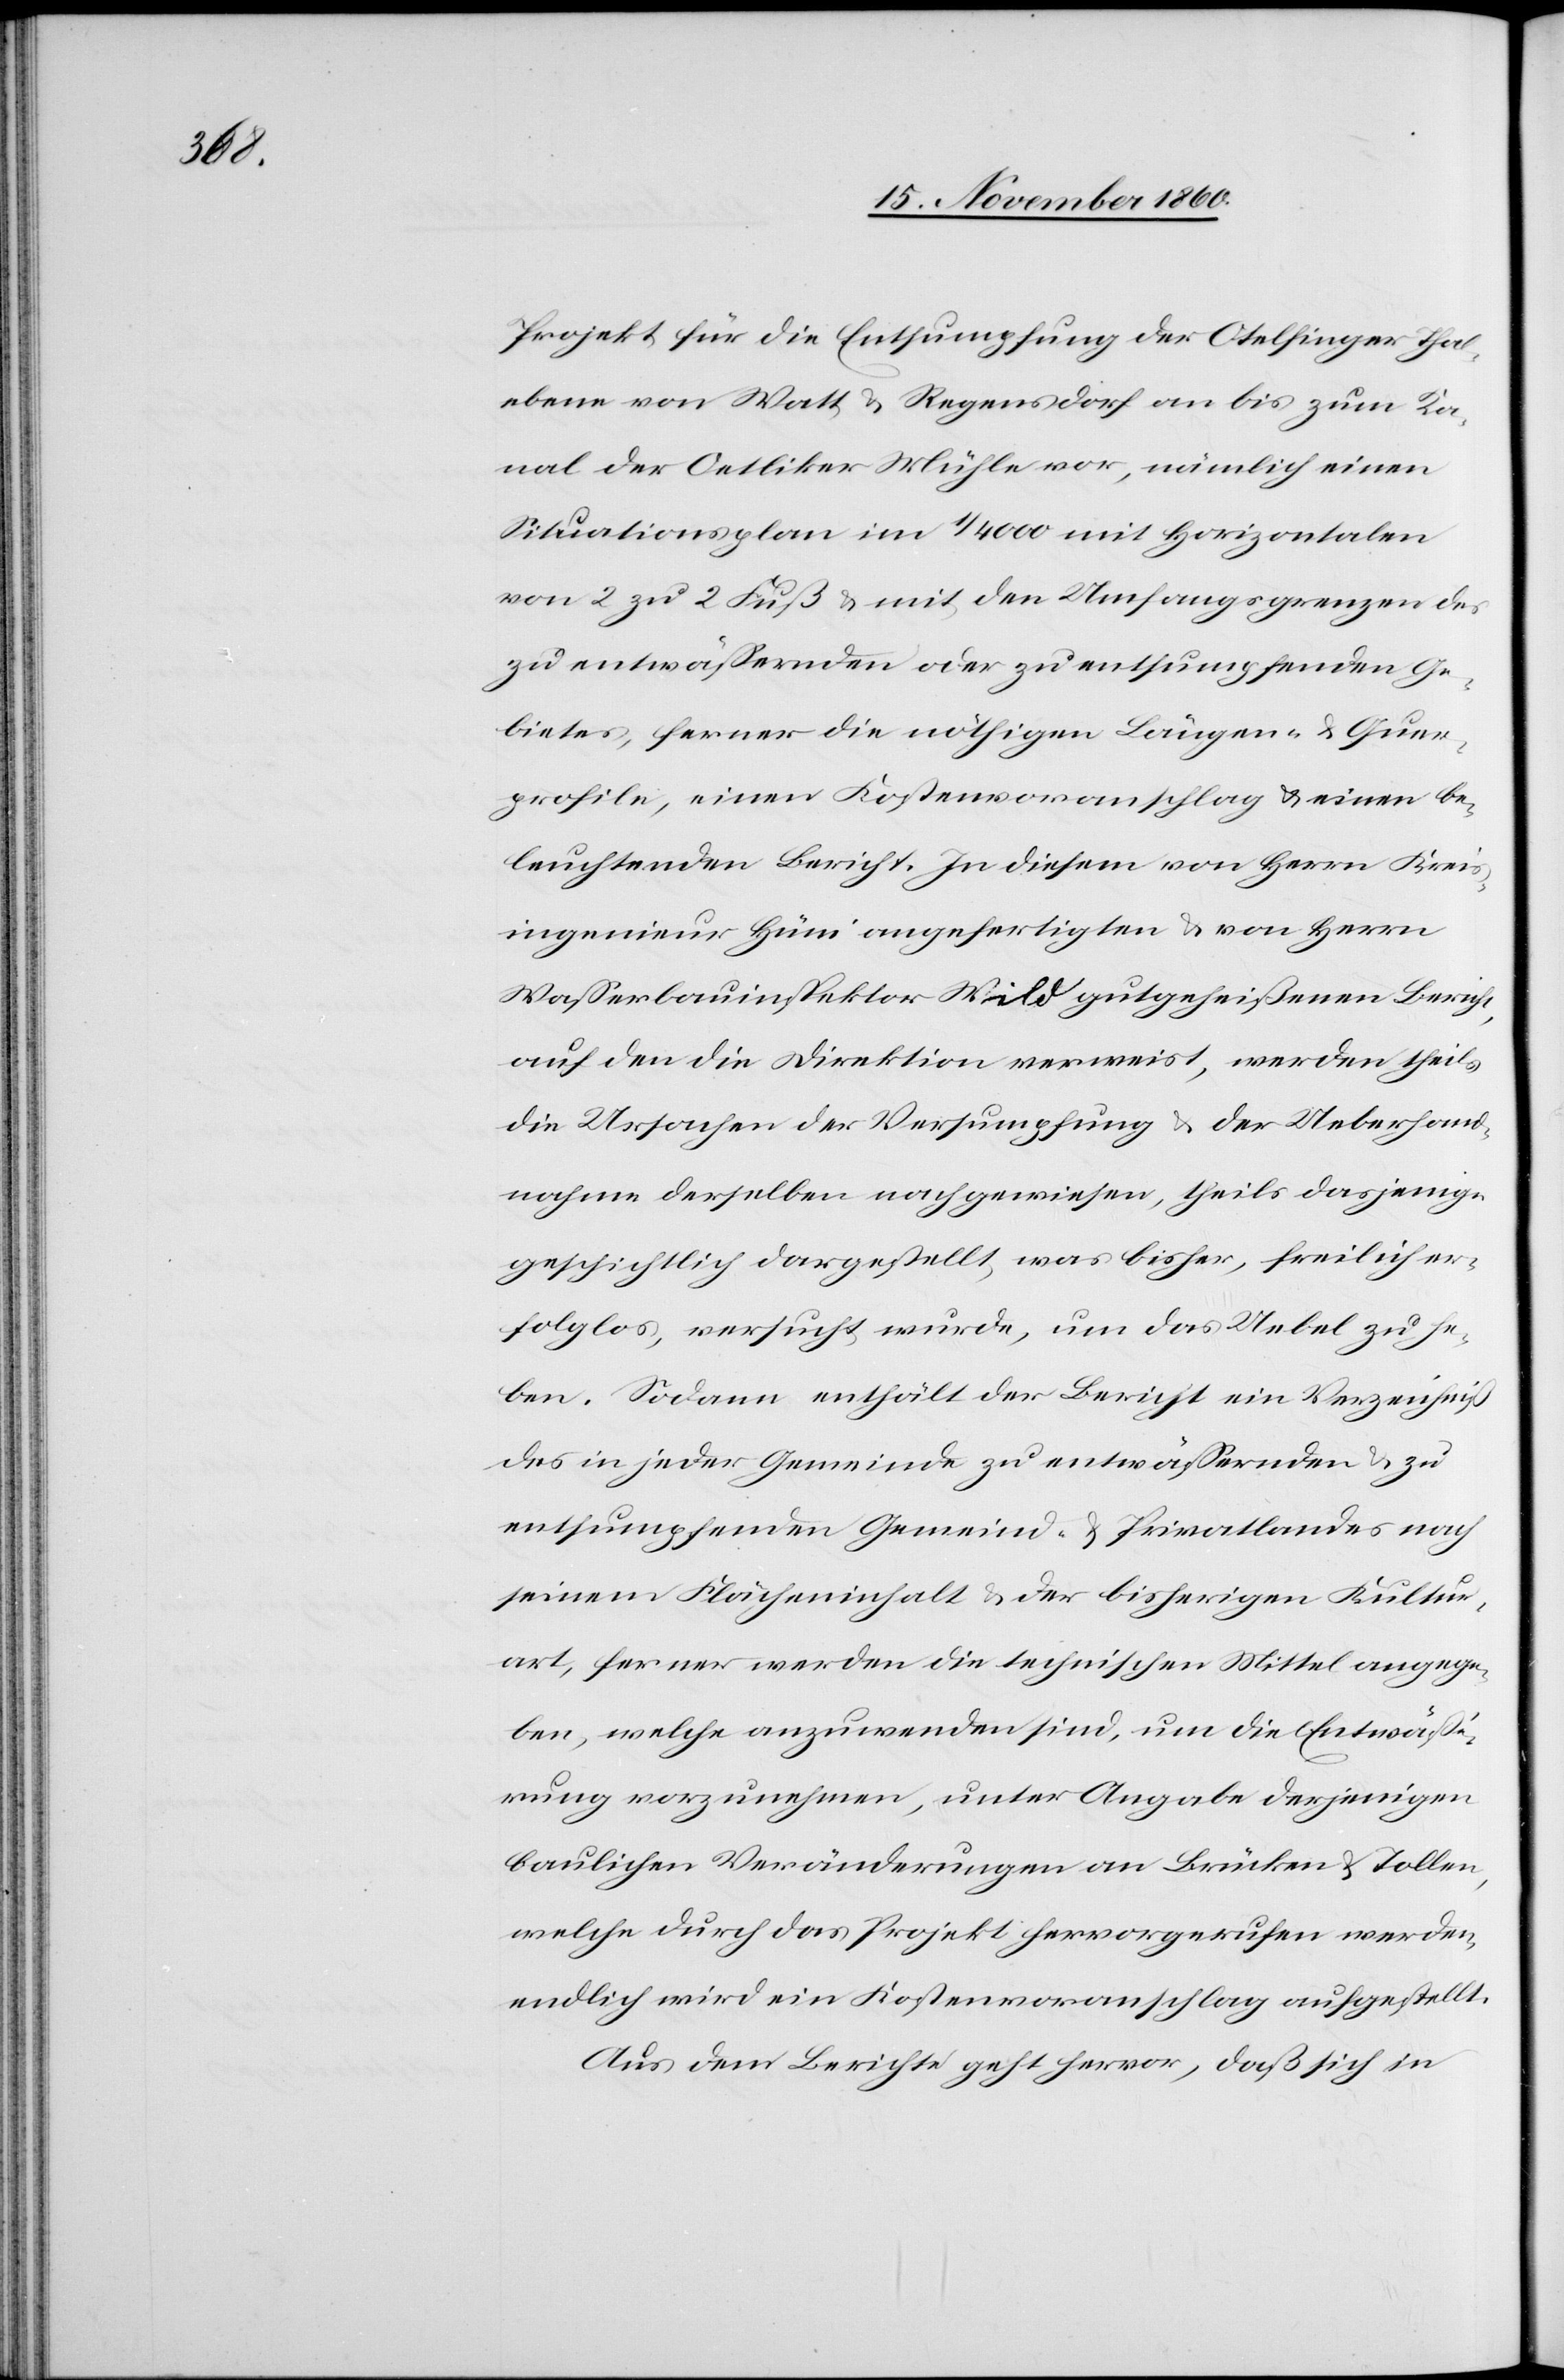
Projekt für die Entsumpfung der Otelfinger Thal¬
ebene von Watt u. Regensdorf an bis zum Ka¬
nal der Oetliker Mühle vor, nämlich einen
Situationsplan im 1/4000 mit Horizontalen
von 2 zu 2 Fuß u. mit den Umfangsgrenzen des
zu entwässernden oder zu entsumpfenden Ge¬
bietes, ferner die nöthigen Längen- u. Quer¬
profile, einen Kostenvoranschlag u. einen be¬
leuchtenden Bericht. In diesem von Herrn Kreis¬
ingenieur Hüni angefertigten u. von Herrn
Wasserbauinspektor Wild gutgeheißenen Bericht,
auf den die Direktion verweist, werden theils
die Ursachen der Versumpfung u. der Ueberhand¬
nahme derselben nachgewiesen, theils dasjenige
geschichtlich dargestellt, was bisher, freilich er¬
folglos, versucht wurde, um das Uebel zu he¬
ben. Sodann enthält der Beicht ein Verzeichniß
des in jeder Gemeinde zu entwässernden u. zu
entsumpfenden Gemeind- u. Privatlandes nach
seinem Flächeninhalt u. der bisherigen Kultur¬
art, ferner werden die technischen Mittel angege¬
ben, welche anzuwenden sind, um die Entwässe¬
rung vorzunehmen, unter Angabe derjenigen
baulichen Veränderungen an Brücken u. Tollen,
welche durch das Projekt hervorgerufen werden,
endlich wird ein Kostenvoranschlag aufgestellt.
Aus dem Berichte geht ferner hervor, daß sich in